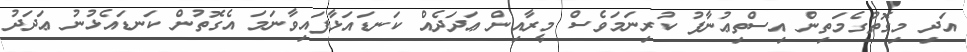
އަދި މިގޮތުގެމަތިން އިސްތިޢުނާފު ކުރިނަމަވެސް މީރާއިން ޢަދަދެއް ކަނޑައަޅާފައިވާނަމަ އެގޮތުން ކަނޑައެޅުނު ޢަދަދު